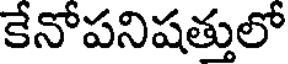
కేనోపనిషత్తులో